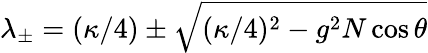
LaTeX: \lambda_{\pm}=(\kappa/4)\pm\sqrt{(\kappa/4)^{2}-g^{2}N\cos\theta}